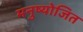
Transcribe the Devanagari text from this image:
मनुष्योजित